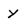
Character: y